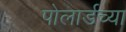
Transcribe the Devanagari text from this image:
पोलार्डच्या